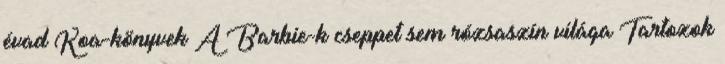
évad Koa-könyvek A Barbie-k cseppet sem rózsaszín világa Tartozok